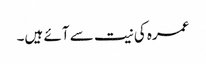
عمرہ کی نیت سے آئے ہیں۔